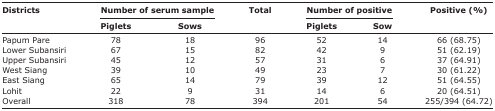
<table><thead><tr><td rowspan="3"><b>Districts</b></td><td colspan="2"><b>Number of serum sample</b></td><td rowspan="3"><b>Total</b></td><td colspan="2"><b>Number of positive</b></td><td rowspan="3"><b>Positive (%)</b></td></tr><tr><td><b>Piglets</b></td><td><b>Sows</b></td><td><b>Piglets</b></td><td><b>Sow</b></td></tr></thead><tbody><tr><td>Papum Pare</td><td>78</td><td>18</td><td>96</td><td>52</td><td>14</td><td>66 (68.75)</td></tr><tr><td>Lower Subansiri</td><td>67</td><td>15</td><td>82</td><td>42</td><td>9</td><td>51 (62.19)</td></tr><tr><td>Upper Subansiri</td><td>45</td><td>12</td><td>57</td><td>31</td><td>6</td><td>37 (64.91)</td></tr><tr><td>West Siang</td><td>39</td><td>10</td><td>49</td><td>23</td><td>7</td><td>30 (61.22)</td></tr><tr><td>East Siang</td><td>65</td><td>14</td><td>79</td><td>39</td><td>12</td><td>51 (64.55)</td></tr><tr><td>Lohit</td><td>22</td><td>9</td><td>31</td><td>14</td><td>6</td><td>20 (64.51)</td></tr><tr><td>Overall</td><td>318</td><td>78</td><td>394</td><td>201</td><td>54</td><td>255/394 (64.72)</td></tr></tbody></table>